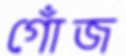
গোঁজ